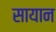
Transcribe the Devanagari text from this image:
सायान